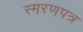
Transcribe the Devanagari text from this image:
स्मरणपत्र